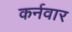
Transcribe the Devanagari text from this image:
कर्नवार